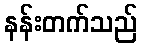
နန်းတက်သည်